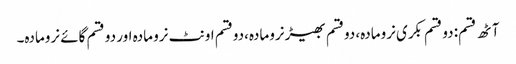
آٹھ قسم: دو قسم بکری نرومادہ، دوقسم بھیڑ نرومادہ،دوقسم اونٹ نرو مادہ اور دو قسم گائے نرومادہ۔